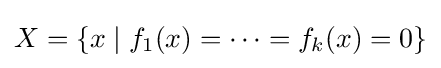
X=\{x\mid f_{1}(x)=\cdots =f_{k}(x)=0\}